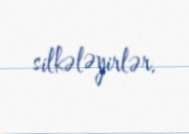
silkələyirlər.